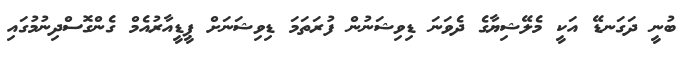
ބުނީ ދަގަނޑޭ އަކީ މެލޭޝިޔާގެ ދެވަނަ ޑިވިޝަނުން ފުރަތަމަ ޑިވިޝަނަށް ޕީޑީއާރުއެމް ގެންގޮސްދިނުމުގައި